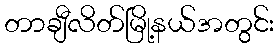
တာချီလိတ်မြို့နယ်အတွင်း